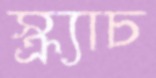
স্ক্র্যাচ